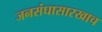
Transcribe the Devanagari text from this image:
जनसंघासारखाच